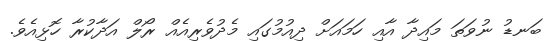
ބަނޑު ނުވަތަ މައިދާ އާއި ހަމައަށް ދިއުމުގައި މެދުވެރިއެއް ރޯލް އަދާކުރާ ހޮޅިއެވެ.